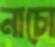
নাচো